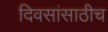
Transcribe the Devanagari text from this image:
दिवसांसाठीच